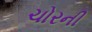
ચોરની